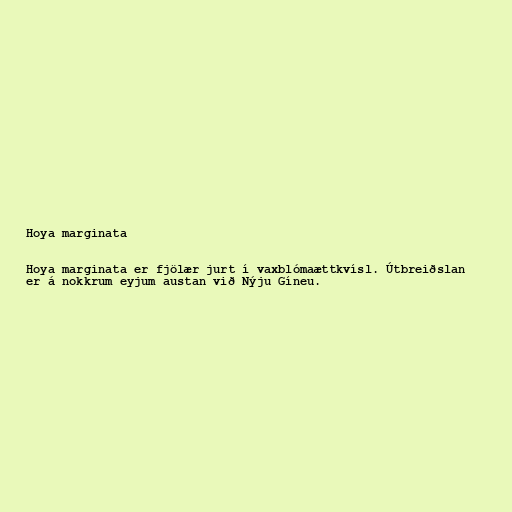
Hoya marginata

Hoya marginata er fjölær jurt í vaxblómaættkvísl. Útbreiðslan
er á nokkrum eyjum austan við Nýju Gíneu.